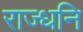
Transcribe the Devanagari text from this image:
राज्धनि